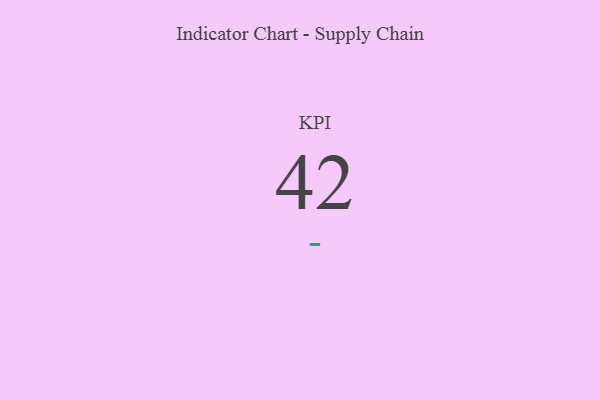
{"axis": {"x": "KPI", "y": "Value"}, "legend": [""], "data": [{"x": "KPI", "y": 42, "type": ""}]}